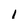
Character: i